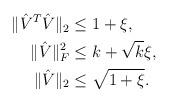
LaTeX: \begin{align*} \begin{aligned} \|\hat{V}^{T} \hat{V} \|_{2} & \leq 1 + \xi, \\ \|\hat{V}\|^2_F & \leq k + \sqrt{k} \xi, \\ \|\hat{V}\|_{2} & \leq \sqrt{1 + \xi}. \end{aligned}\end{align*}